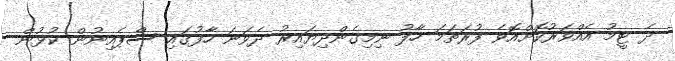
ދެ ޓީމު އެއްވަރުކޮށްއޮވެ ފުރަތަމަ ހާފު ނިމިގެންދިޔައިރު ދެވަނަ ހާފުގައި ސްޕެއިނުން ކުޅުން